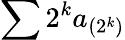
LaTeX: \sum 2^{k}a_{(2^{k})}